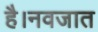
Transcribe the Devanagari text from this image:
है।नवजात